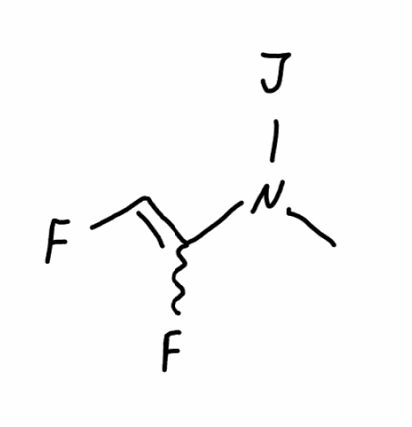
Simplified molecular-input line-entry system (SMILES) notation of the given molecule:
CN(C(=CF)F)I